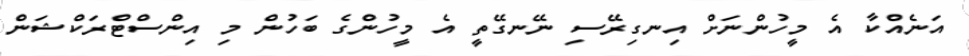
އަނެއްކާ އެ މީހުންނަށް އިނގިރޭސި ނޭނގޭތީ އެ މީހުންގެ ބަހުން މި އިންސްޓްރަކްޝަން